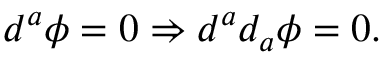
d ^ { a } \phi = 0 \Rightarrow d ^ { a } d _ { a } \phi = 0 .